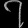
Digit: ၇